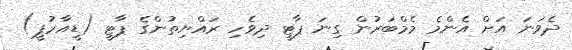
ދެވަނަ އަށް އެންމެ މެމްބަރުން ގިނަ ޕާޓީ ދިވެހި ރައްޔިތުންގެ ޕާޓީ (ޑީއާރުޕީ)